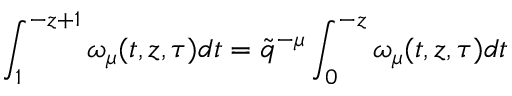
\int _ { 1 } ^ { - z + 1 } \omega _ { \mu } ( t , z , \tau ) d t = \tilde { q } ^ { - \mu } \int _ { 0 } ^ { - z } \omega _ { \mu } ( t , z , \tau ) d t